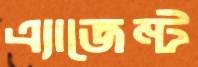
এ্যাজেন্ট